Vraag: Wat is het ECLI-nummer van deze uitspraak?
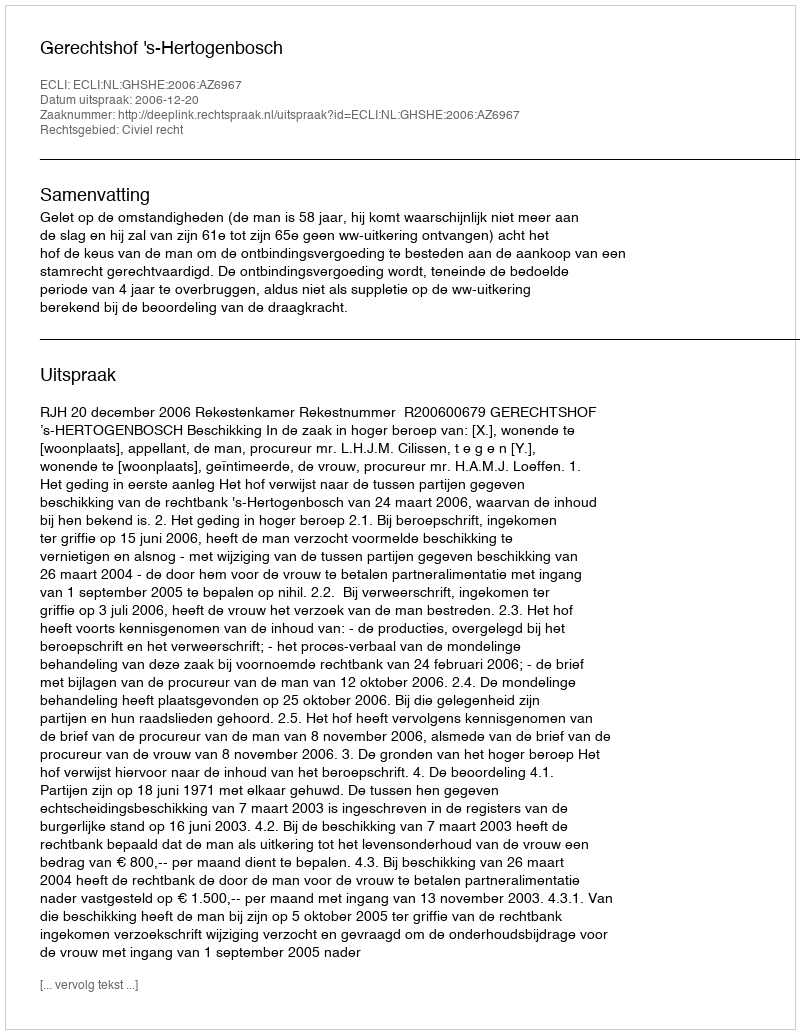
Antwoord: ECLI:NL:GHSHE:2006:AZ6967